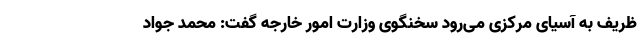
ظریف به آسیای مرکزی می‌رود سخنگوی وزارت امور خارجه گفت: محمد جواد